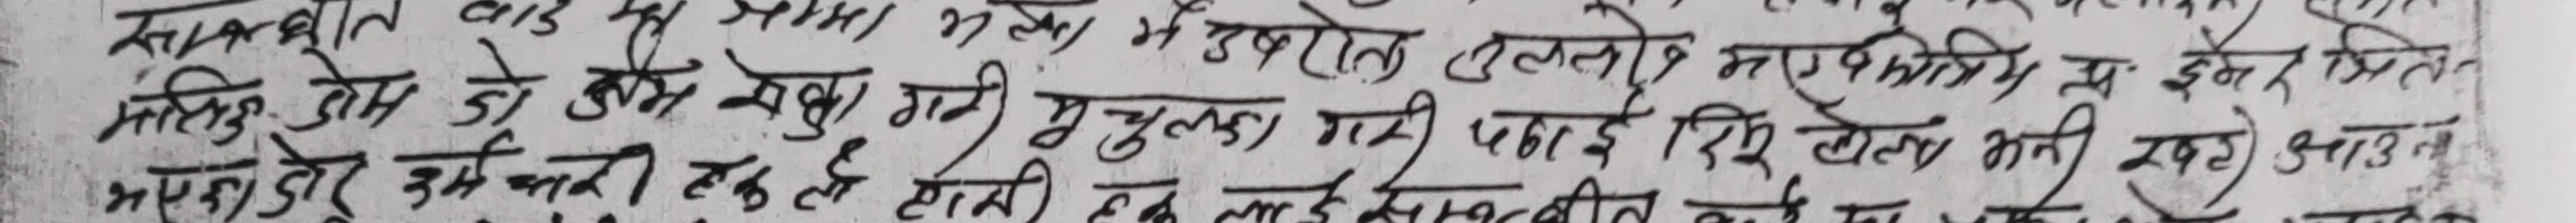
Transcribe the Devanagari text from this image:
स्वतन्त्रता वाद से ही भामा भेगे में उपरोल एलनेर नगरनिगम में ईमेर प्रतुल
असलिय तोष दो सेवा गरी मुलुका गयी पढाई दिए खेला भनी रहेर आउन